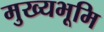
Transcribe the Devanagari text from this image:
मुख्‍यभूमि